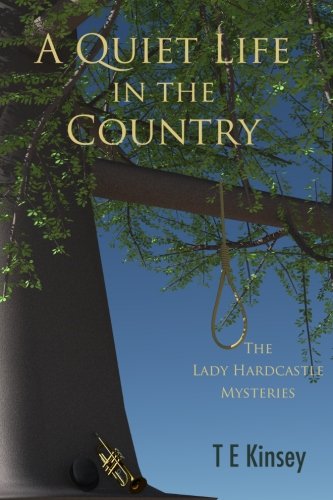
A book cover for A Quiet Life in the Country (The Lady Hardcastle Mysteries) (Volume 1); T E Kinsey; Mystery, Thriller & Suspense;